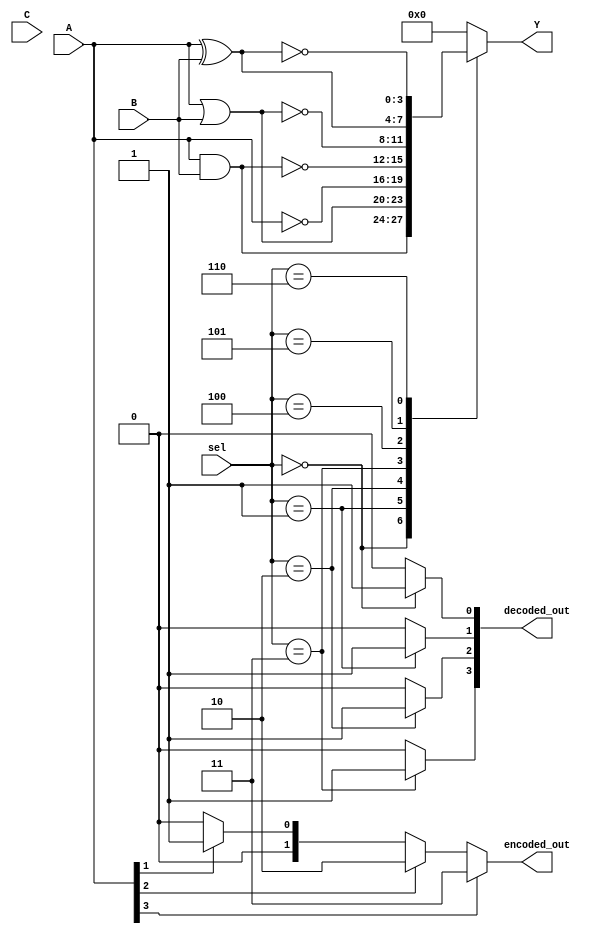
module combinational_logic_block (
    input wire [3:0] A,           // 4-bit input A
    input wire [3:0] B,           // 4-bit input B
    input wire [3:0] C,           // 4-bit input C
    input wire [2:0] sel,         // Selector lines for logic functions
    output reg [3:0] Y,           // 4-bit output Y for results
    output reg [1:0] encoded_out,  // Output for priority encoder
    output reg [3:0] decoded_out   // Output for decoder
);

// Logic operations based on selector
always @(*) begin
    case (sel)
        3'b000: Y = A & B;          // AND
        3'b001: Y = A | B;          // OR
        3'b010: Y = ~A;             // NOT A
        3'b011: Y = ~(A & B);       // NAND
        3'b100: Y = ~(A | B);       // NOR
        3'b101: Y = A ^ B;          // XOR
        3'b110: Y = ~(A ^ B);       // XNOR
        default: Y = 4'b0000;       // Default case
    endcase
end

// Priority Encoder
always @(*) begin
    if (A[3]) encoded_out = 2'b11;
    else if (A[2]) encoded_out = 2'b10;
    else if (A[1]) encoded_out = 2'b01;
    else if (A[0]) encoded_out = 2'b00;
    else encoded_out = 2'b00; // No active input
end

// Decoder
always @(*) begin
    decoded_out = 4'b0000; // Default to zero
    case (sel)
        3'b000: decoded_out[0] = 1; // Output for AND
        3'b001: decoded_out[1] = 1; // Output for OR
        3'b010: decoded_out[2] = 1; // Output for NOT
        3'b011: decoded_out[3] = 1; // Output for NAND
        // Add more cases as needed for other operations
        default: ;
    endcase
end

endmodule